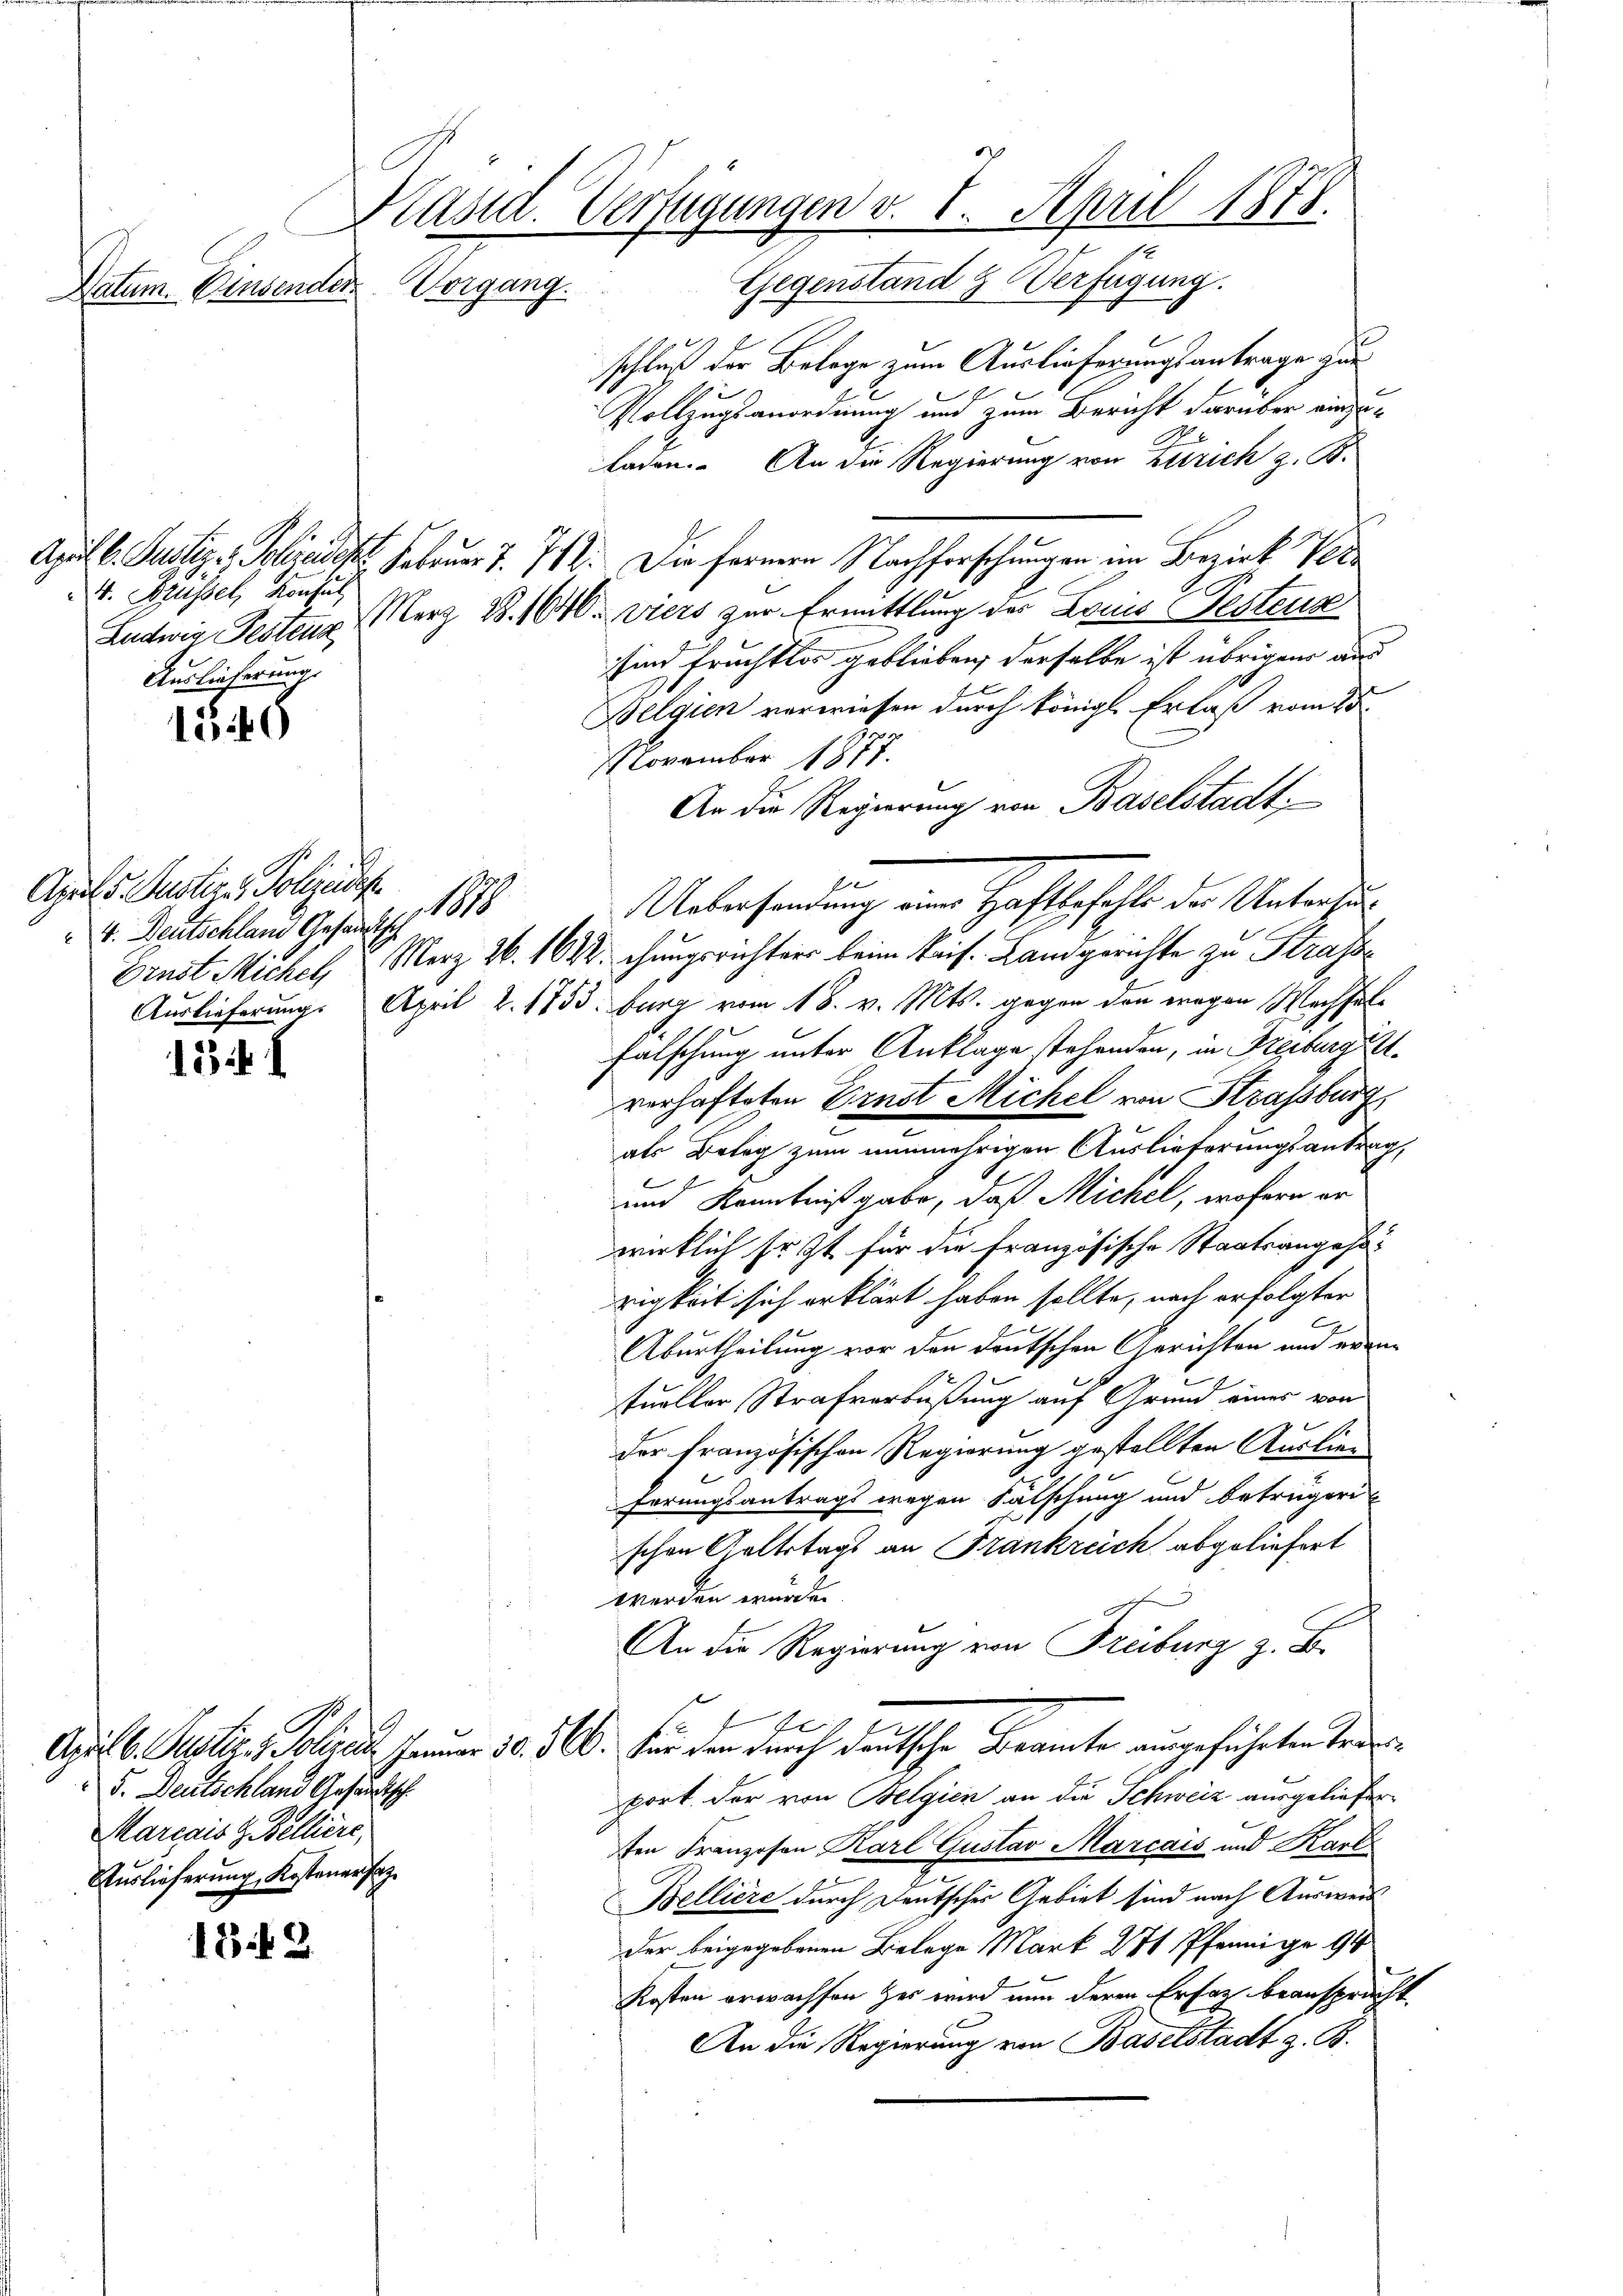
Datum. Einsender

4. Brüssel, Konsul
Auslieferung.

1340

April 5. Justiz, Polizeides
1
4. Deutschland Gesandtsch

13 f.

5. Deutschland Gesandtsch
Mariais & Belliere,
Auslieferung, Kostener sag

18. 123.

Präsid. Verfügungen v. 8. April 1878.
Gegenstand & Verfügung.
Vorgang.

schluß der Belage zum Auslieferungsantrage zur
Vollzugsanordnung und zum Bericht darüber einzuladen. An die Regierung von Zürich z. B.
April l. Justiz & Polizeiden Februar 7. 712. Die fernern Nachforschungen im Bezirk Ve
Ludwig Testenz erz. B. 1646 - viers zur Ermittlung der Louis Festeris
sind fruchtlos geblieben, derselbe ist übrigen aus
Belgien verwiesen durch königl. Erlaß vom 25.
NNovember 1877.
An die Regierung von Baselstadt
Ernst Michel, u Merz 26. 1622 ehungsrichter beim kais. Landgerichte zu Strafse
Auslieferung. April v. 1753. burg vom 18. v. Mts. gegen den wegen Machsel¬
Falschung unter Anklage stehenden, in Freiburg i.
verhafteten Ernst Michel von Strassburg
als Belag zum nunmehrigen Auslieferungsantrag,
und Kenntnißgabe, daß Michel, wofern er
wirklich Er ist für die Französische Staatsangehörigkeit sich erklärt haben sollte, nach erfolgter
r
Aburtheilung vor den deutschen Gerichten und erne
tueller Strafverbüßung auf Grund eines von
der französischen Regierung gestellten Auslien
herungsantrags wegen Falschung und betrügeri
schen Geltstags an Frankreich abgeliefert
werden wurden.
An die Regierung von Freiburg z. B.
e
Agil 6. Justiz, Polizen seiner 30. 500. für den durch deutsche Beamte ausgeführten Triport. Der von Belgien an die Schweiz ausgelieferten Franzosen Karl Gustav Marcais und Karl
Belliere durch Deutscher Gebiet sind nach Ausweis
der beigegebenen Belege Mark 271 Pfennige 94
Kosten erwachsen Her wird nun deren Ersatz beanspracht.
An die Regierung von Baselstadt z. B.

Uebersandung eine Haftbefohle der Untersu¬